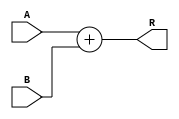
module Adder (
    input [15:0] A,B,
    output reg [15:0] R
    );
    
always @(*) begin
	R = A + B;
end
endmodule